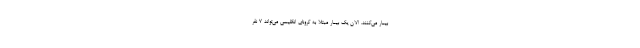
بیمار می‌کنند. الان یک بیمار مبتلا به کرونای انگلیسی می‌تواند ۷ نفر